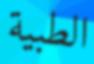
الطبية